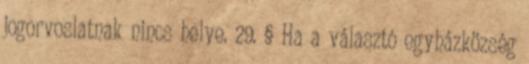
jogorvoslatnak nincs helye. 29. § Ha a választó egyházközség